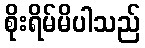
စိုးရိမ်မိပါသည်